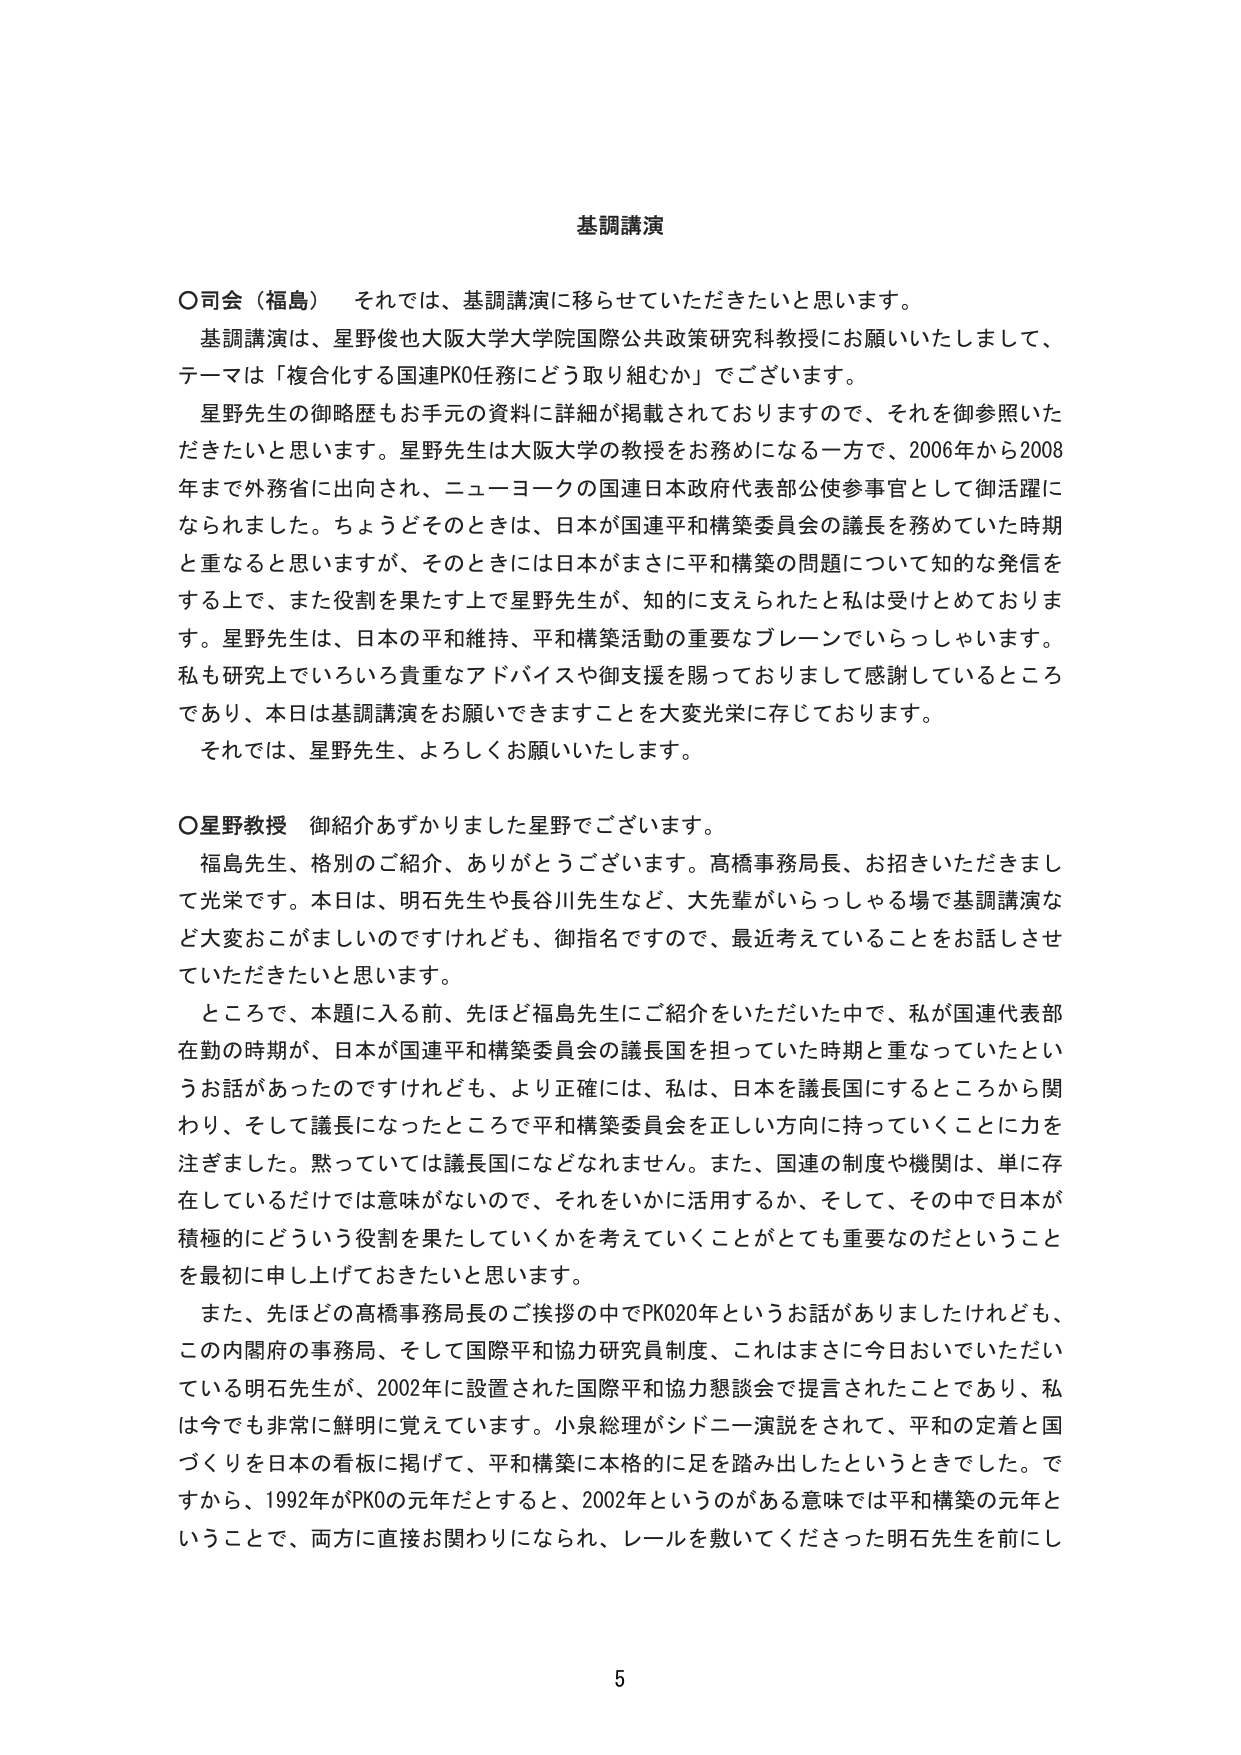
基調講演

○司会（福島）　それでは、基調講演に移らせていただきたいと思います。
　基調講演は、星野俊也大阪大学大学院国際公共政策研究科教授にお願いいたしまして、
テーマは「複合化する国連PKO任務にどう取り組むか」でございます。
　星野先生の御略歴もお手元の資料に詳細が掲載されておりますので、それを御参照いた
だきたいと思います。星野先生は大阪大学の教授をお務めになる一方で、2006年から2008
年まで外務省に出向され、ニューヨークの国連日本政府代表部公使参事官として御活躍に
なられました。ちょうどそのときは、日本が国連平和構築委員会の議長を務めていた時期
と重なると思いますが、そのときには日本がまさに平和構築の問題について知的な発信を
する上で、また役割を果たす上で星野先生が、知的に支えられたと私は受けとめておりま
す。星野先生は、日本の平和維持、平和構築活動の重要なブレーンでいらっしゃいます。
私も研究上でいろいろ貴重なアドバイスや御支援を賜っておりますし感謝しているところ
であり、本日は基調講演をお願いできますことを大変光栄に存じております。
　それでは、星野先生、よろしくお願いいたします。

○星野教授　御紹介あずかりました星野でございます。
　福島先生、格別のご紹介、ありがとうございます。高橋事務局長、お招きいただきまし
て光栄です。本日は、明石先生や長谷川先生など、大先輩がいらっしゃる場で基調講演な
ど大変おこがましいですけれども、御指名ですので、最近考えていることをお話しさせ
ていただきたいと思います。
　ところで、本題に入る前、先ほど福島先生にご紹介をいただいた中で、私が国連代表部
在勤の時期が、日本が国連平和構築委員会の議長国を担っていた時期と重なっていたとい
うお話があったのですけれども、より正確には、私は、日本を議長国にするところから関
わり、そして議長になったところで平和構築委員会を正しい方向に持っていくことに力を
注ぎました。黙っていては議長国になどなれません。また、国連の制度や機関は、単に存
在しているだけでは意味がないので、それをいかに活用するか、そして、その中で日本が
積極的にどういう役割を果たしていくかを考えていくことがとても重要なのだということ
を最初に申し上げておきたいと思います。
　また、先ほどの高橋事務局長のご挨拶の中でPKO20年というお話がありましたけれども、
この内閣府の事務局、そして国際平和協力研究員制度、これはまさに今日おいでいただい
ている明石先生が、2002年に設置された国際平和協力懇談会で提言されたことであり、私
は今でも非常に鮮明に覚えています。小泉総理がシドニー演説をされて、平和の定着と国
づくりを日本の看板に掲げて、平和構築に本格的に足を踏み出したというときでした。で
すから、1992年がPKOの元年だとすると、2002年というのがある意味では平和構築の元年と
いうことで、両方に直接お関わりになられ、レールを敷いてくださった明石先生を前にし

5